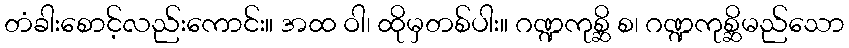
တံခါးစောင့်လည်းကောင်း။ အထ ဝါ၊ ထိုမှတစ်ပါး။ ဂဏ္ဍကုစ္ဆိ စ၊ ဂဏ္ဍကုစ္ဆိမည်သော